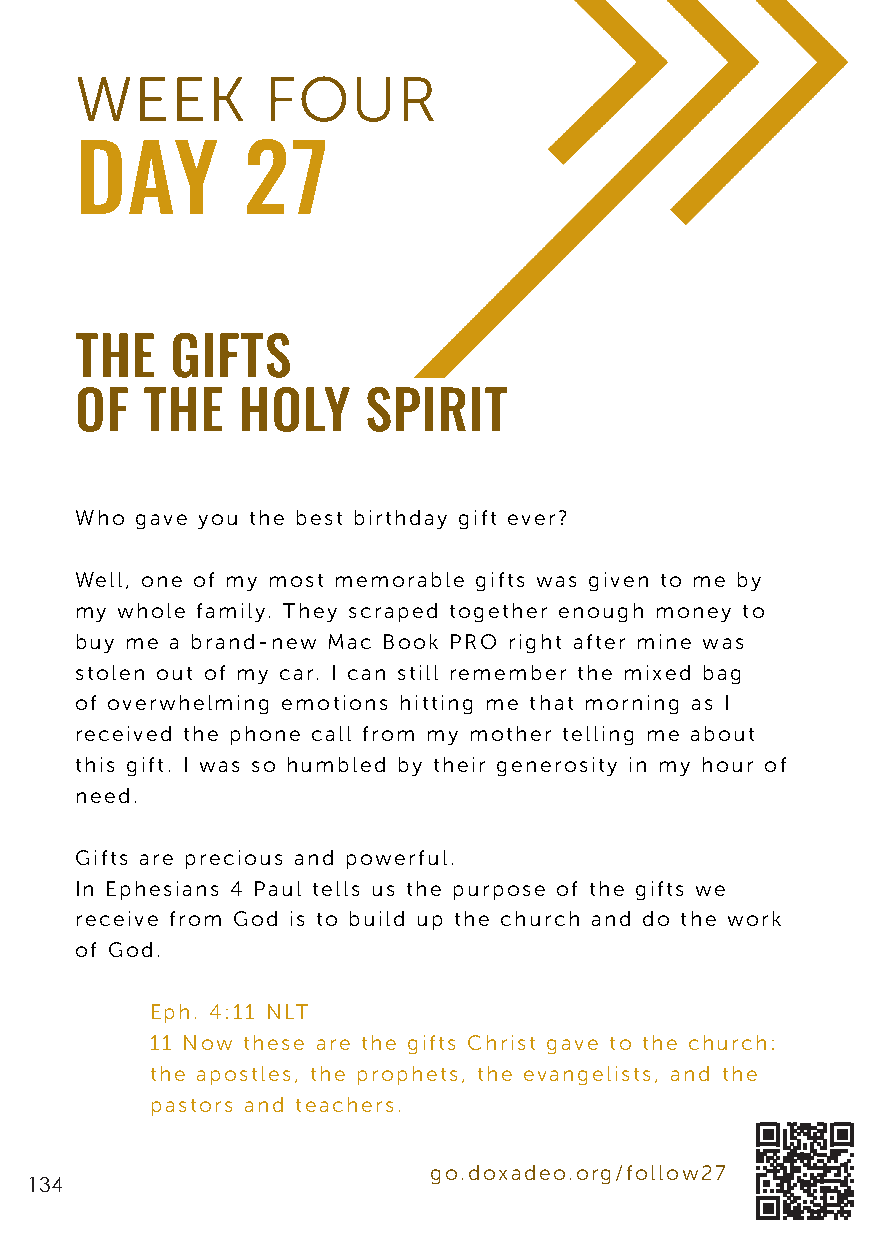
WEEK         FOUR
 DAY        27
 THE   GIFTS
 OF  THE    HOLY    SPIRIT
 Who gave you the best birthday gift ever?
 Well, one of my most memorable gifts was given to me by
 my whole family. They scraped together enough money to
 buy me a brand-new Mac Book PRO right after mine was
 stolen out of my car. I can still remember the mixed bag
 of overwhelming emotions hitting me that morning as I
 received the phone call from my mother telling me about
 this gift. I was so humbled by their generosity in my hour of
 need.
 Gifts are precious and powerful.
 In Ephesians 4 Paul tells us the purpose of the gifts we
 receive from God is to build up the church and do the work
 of God.
 Eph. 4:11 NLT
 11 Now these are the gifts Christ gave to the church:
 the apostles, the prophets, the evangelists, and the
 pastors and teachers.
 go.doxadeo.org/follow27
 134